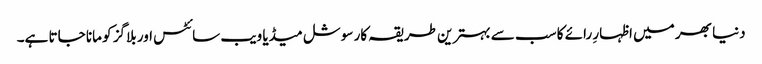
دنیا بھر میں اظہارِ رائے کا سب سے بہترین طریقہ کار سوشل میڈیا ویب سائٹس اور بلاگز کو مانا جاتا ہے۔